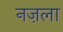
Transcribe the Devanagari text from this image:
नज़ला